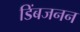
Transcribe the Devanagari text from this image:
डिंबजनन